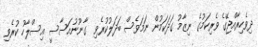
ދިވެހިރާއްޖޭގެ ވެރިކަމުގެ ނިޒާމު ގަދަކަމުން ނަމަވެސް ބަދަލުކުރެވި  ގާނޫނުއަސާސީ އިސްލާހު ކުރެވި